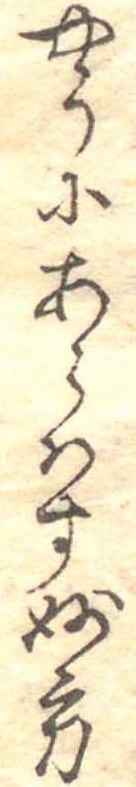
やうにあらはす妙方